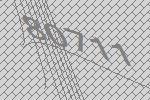
80711